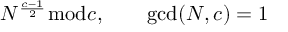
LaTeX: N ^ { \frac { c - 1 } { 2 } } { \bmod { c } } , \qquad \operatorname* { g c d } ( N , c ) = 1